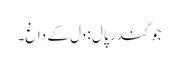
جوگندر پال : دل کے داغ۔